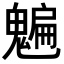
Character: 𩴄